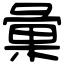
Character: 𢑥